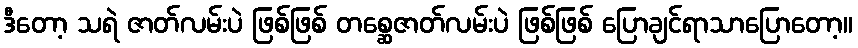
ဒီတော့ သရဲ ဇာတ်လမ်းပဲ ဖြစ်ဖြစ် တစ္ဆေဇာတ်လမ်းပဲ ဖြစ်ဖြစ် ပြောချင်ရာသာပြောတော့။